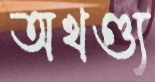
অখণ্ড্য